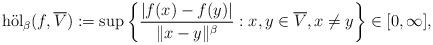
LaTeX: \begin{align*}\mathrm{h\ddot{o}l}_\beta(f,\overline{V}) := \sup\left\{\frac{|f(x)-f(y)|}{\|x-y\|^\beta}: x,y \in \overline{V}, x\not=y\right\} \in [0,\infty],\end{align*}